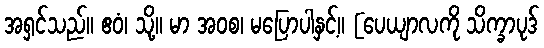
အရှင်သည်။ ဧဝံ၊ သို့။ မာ အဝစ၊ မပြောပါနှင့်။ [ပေယျာလကို သိက္ခာပုဒ်